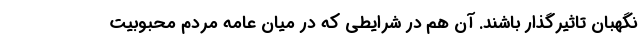
نگهبان تاثیرگذار باشند. آن هم در شرایطی که در میان عامه مردم محبوبیت